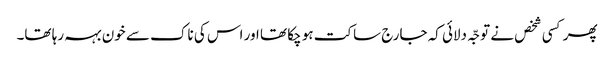
پھر کسی شخص نے توجّہ دلائی کہ جارج ساکت ہو چکا تھا اور اس کی ناک سے خون بہہ رہا تھا۔